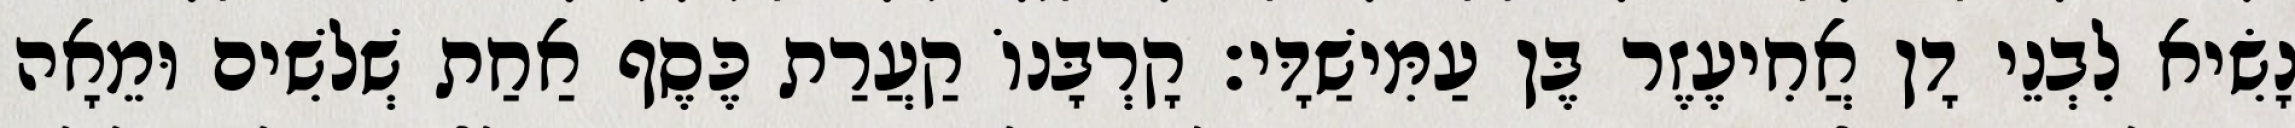
נָשִׂיא לִבְנֵי דָן אֲחִיעֶזֶר בֶּן עַמִּישַׁדָּי׃ קָרְבָּנוֹ קַעֲרַת כֶּסֶף אַחַת שְׁלשִׁים וּמֵאָה